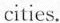
cities.